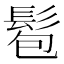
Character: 髱